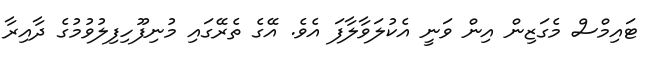
ޓައިމްސް މެގަޒިން އިން ވަނީ އެކުލަވާލާފަ އެވެ. އޭގެ ތެރޭގައި މުނިފޫހިފިލުވުމުގެ ދާއިރާ